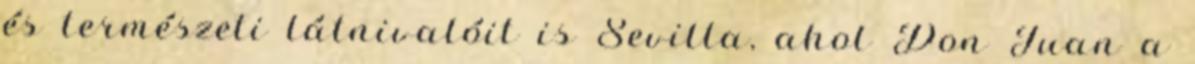
és természeti látnivalóit is Sevilla, ahol Don Juan a